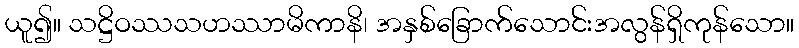
ယူ၍။ သဋ္ဌိဝဿသဟဿာမိကာနိ၊ အနှစ်ခြောက်သောင်းအလွန်ရှိကုန်သော။